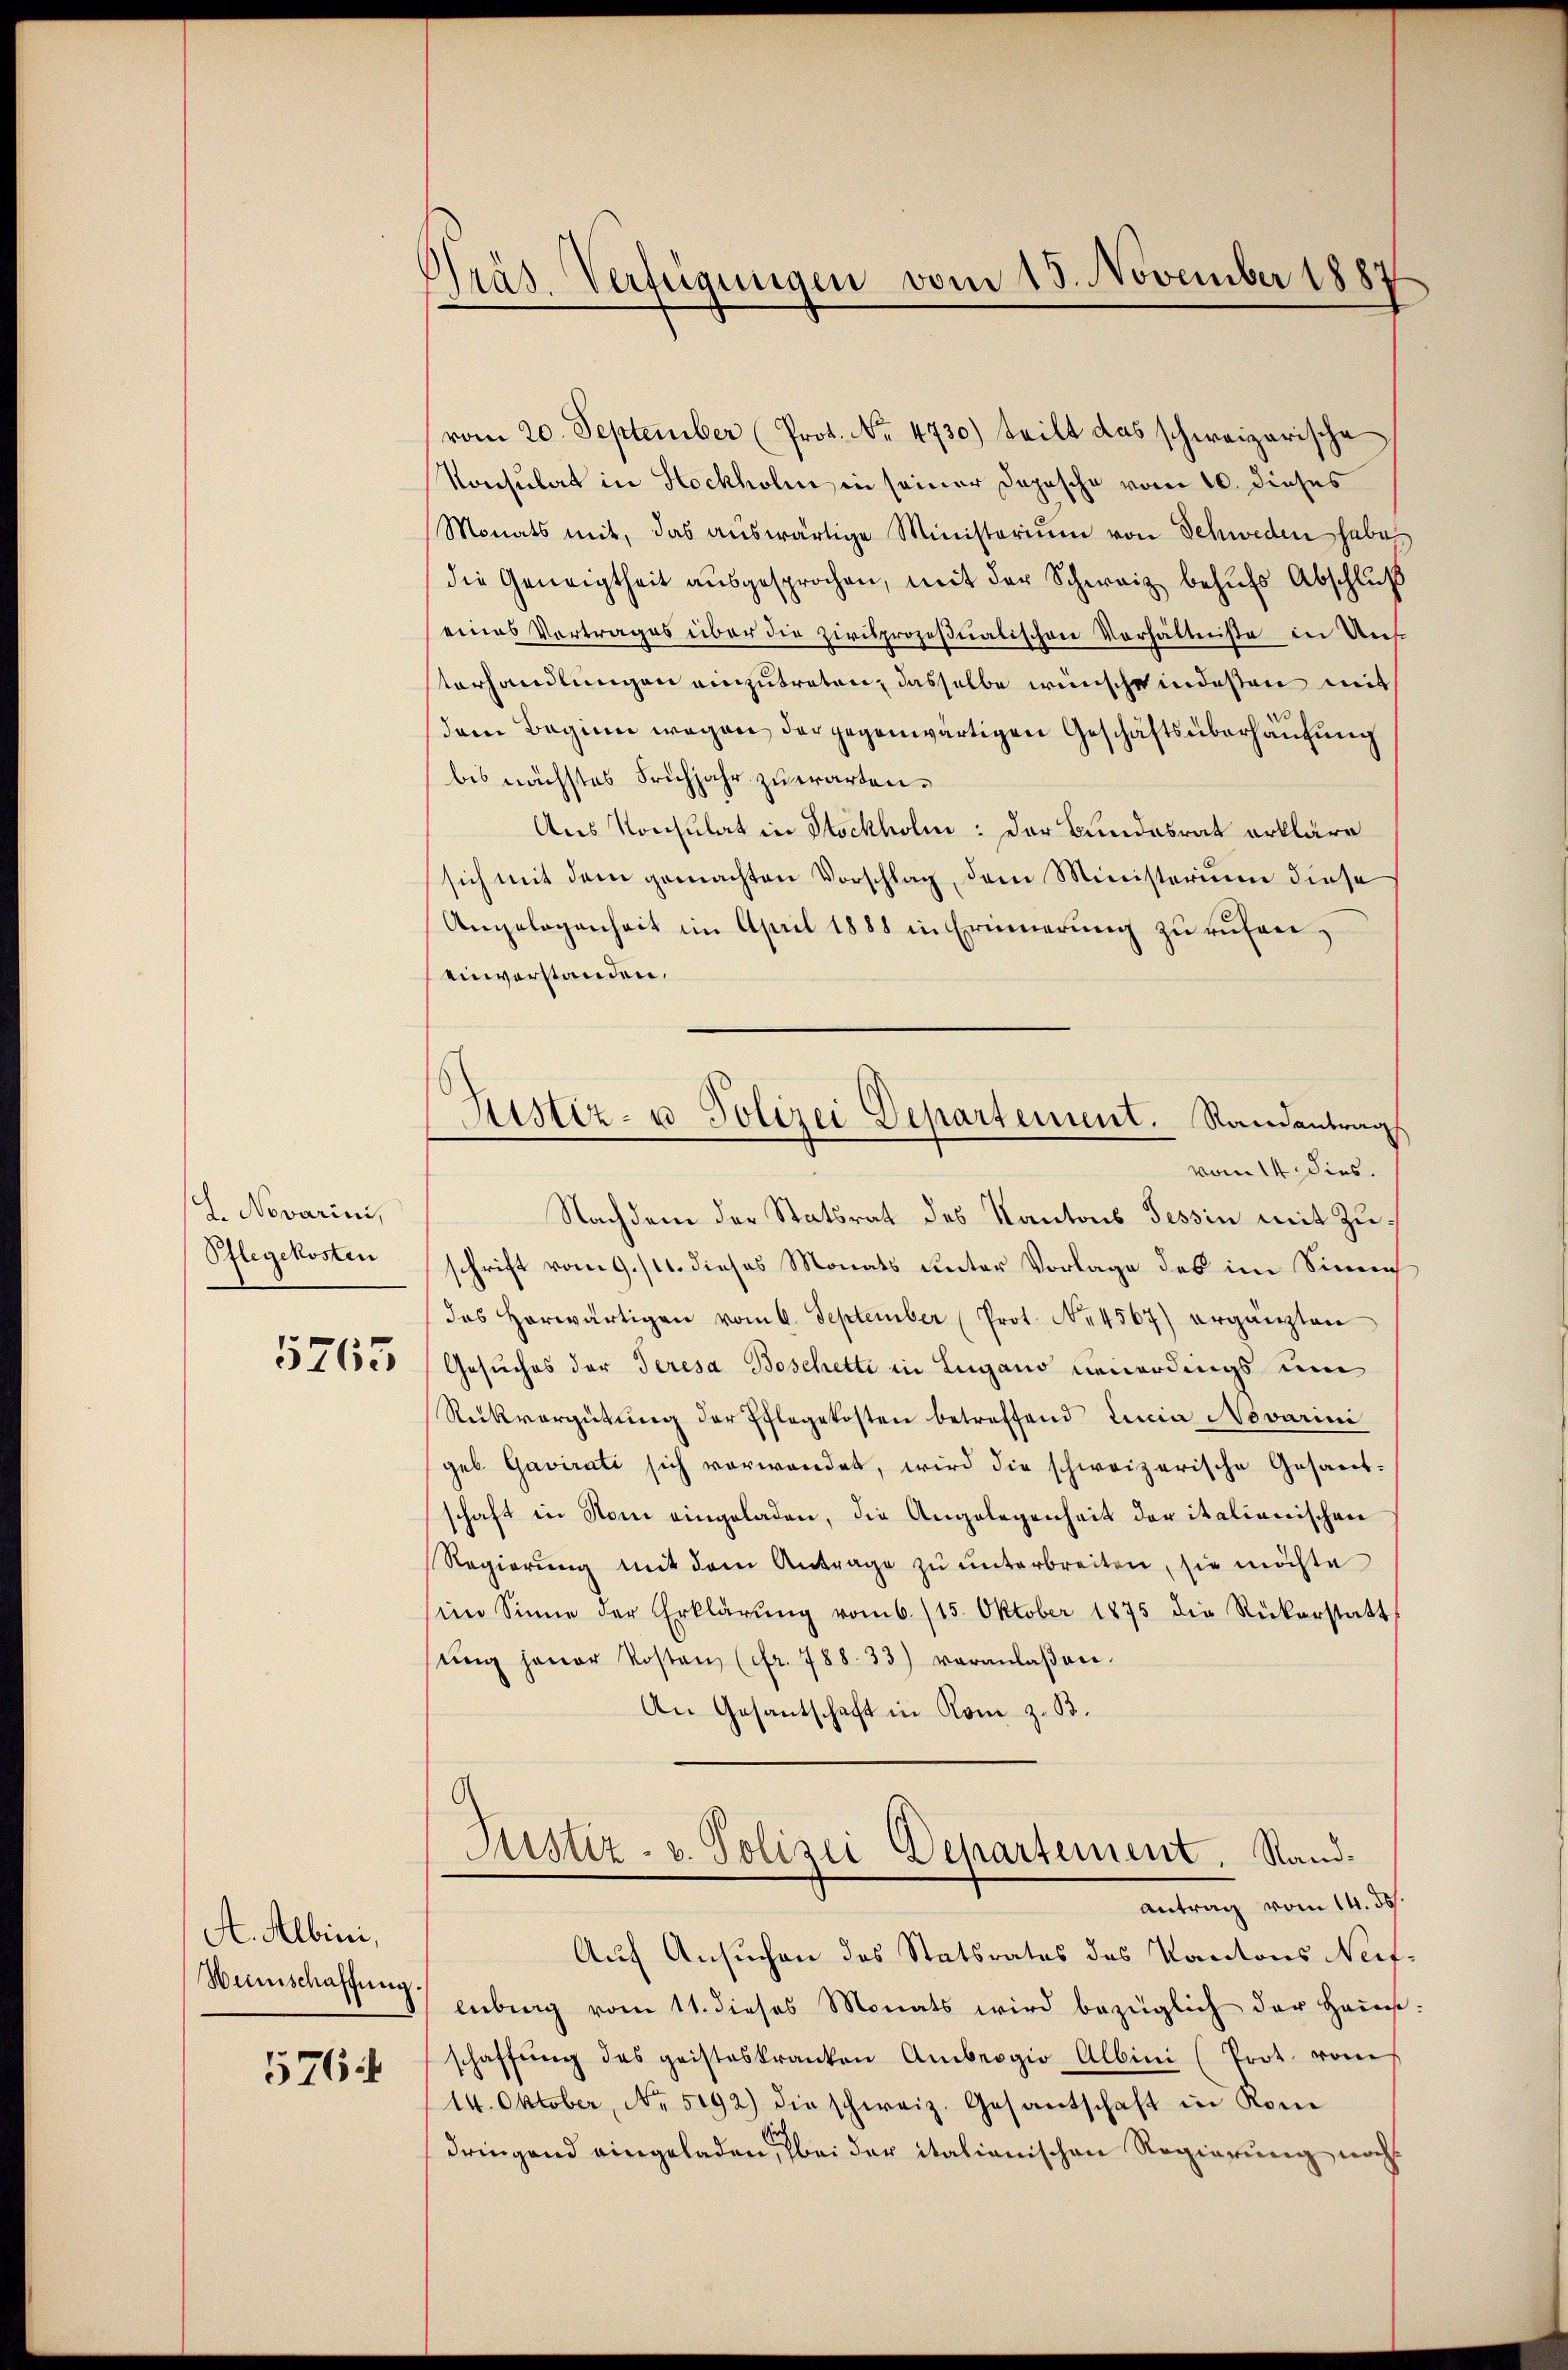
L. Novarini,
Pflegekosten
5765

A. Albini,
Wunschaffung.

576 f

Präs. Verfügungen vom 18. November 1887

vom 20. September (Prot. No. 4730) teilt das schweizerische
Konsulat in Hockholm in seiner Dopische vom 10. dieses
Monats mit, das aŭswärtige Ministerium von Schweden habe
die Geneigtheit aŭsgesprochen, mit der Schweiz behŭfs Abschlŭβ
eines Vertrages über die zivilprozesualischen Verhältniße in Unf
terhandlungen einzutreten, dasselbe wünsche indeßen mit
dem Beginn wegen der gegenwärtigen Geschäftsüberhausung
bis nächstes Frühjahr zuwarten.
Aus Konsulat in Stockholm: Der Bundesrat erkläre
sich mit dem gemachten Vorschlag, dem Ministerium diese
Angelegenheit im April 1888 in Erinnerung zu rufen,
einverstanden.
vom 14. dies
Nachdem der Statsrat des Kantons Tessin mit Zuschrift vom 9./11. dieses Monats unter Vorlage des im Sinne
das herwärtigen vom 6. September (Prot. N. 4567) ergänzten
Gesuches der Teresa Boschetti in Lugano neuerdings um
Rückvergütŭng der Pflegekosten betreffend Lucia Novarini
geb Gavirati sich vorwandet, wird die schweizerische Gesandschaft in Nom eingeladen, die Angelegenheit der italienischen
Regierŭng mit dem Antrage zŭ ŭnterbreiten, sie möchte
im Sinne der Erklärŭng vom 6. 115. Oktober 1875 die Rükerstatt
sŭng jener Kosten (fr. 788. 33) veranlaβen.
An Gesantschaft in Rom z. B.
Justiz- u. Polizei Departement. Sand¬
Antrag vom 14. ds.
Auf Ansuchen des Statsrates des Kantons Neifenburg vom 11. dieses Monats wird bezüglich der Haŭs-
schaffŭng des geisteskranken Ambrogio Albini (Prot. vom
14. Oktober, No. 5192) die schweiz. Gesantschaft in Kom
dringend eingeladen, bei der italianischen Regierung noch

Ristiz- u Polizei Departement. Randantrags